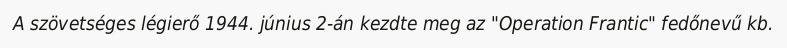
A szövetséges légierő 1944. június 2-án kezdte meg az "Operation Frantic" fedőnevű kb.